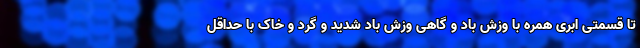
تا قسمتی ابری همره با وزش باد و گاهی وزش باد شدید و گرد و خاک با حداقل